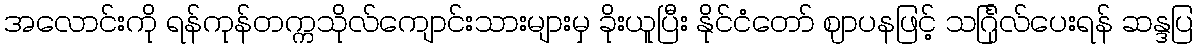
အလောင်းကို ရန်ကုန်တက္ကသိုလ်ကျောင်းသားများမှ ခိုးယူပြီး နိုင်ငံတော် ဈာပနဖြင့် သင်္ဂြုလ်ပေးရန် ဆန္ဒပြ